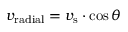
v _ { \mathrm { r a d i a l } } = v _ { \mathrm { s } } \cdot \cos { \theta }